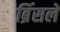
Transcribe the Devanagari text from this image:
ब्रिंसले